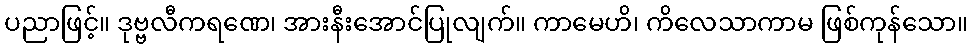
ပညာဖြင့်။ ဒုဗ္ဗလီကရဏေ၊ အားနီးအောင်ပြုလျက်။ ကာမေဟိ၊ ကိလေသာကာမ ဖြစ်ကုန်သော။